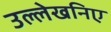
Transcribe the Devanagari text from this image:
उल्लेखनिए